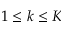
1 \le k \le K